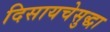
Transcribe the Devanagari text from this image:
दिसायचेसुद्धा